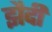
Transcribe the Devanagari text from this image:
झैदी